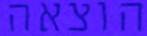
הוצאה